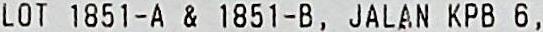
LOT 1851-A & 1851-B, JALAN KPB 6 ,